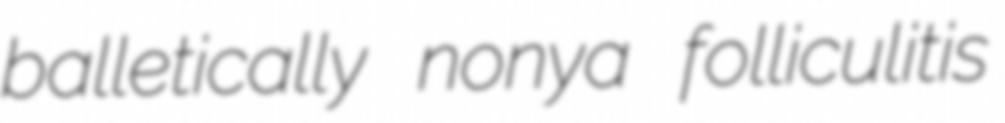
balletically nonya folliculitis